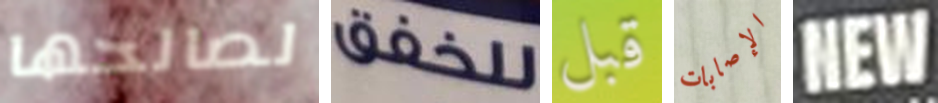
لصالحها للخفق قبل الإصابات NEW